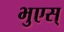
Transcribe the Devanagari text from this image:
भुएस्‌